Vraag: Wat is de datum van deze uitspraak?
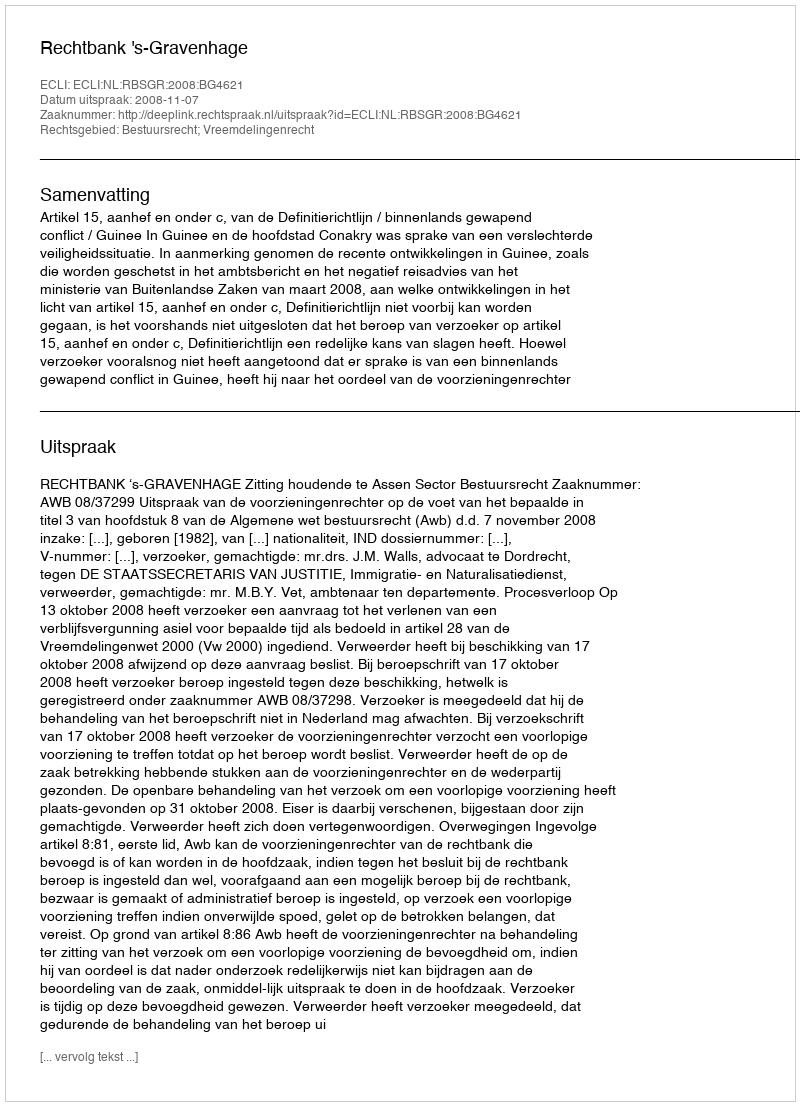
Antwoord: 2008-11-07